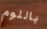
باللوم